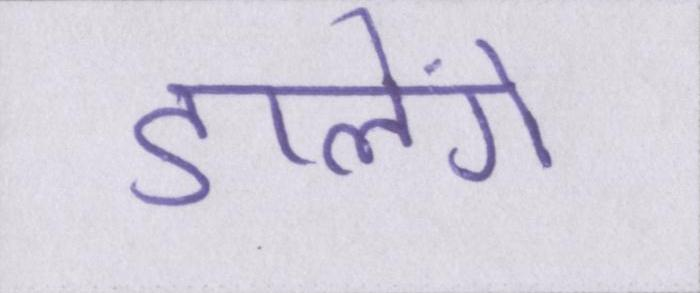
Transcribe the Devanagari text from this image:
डालेंगे